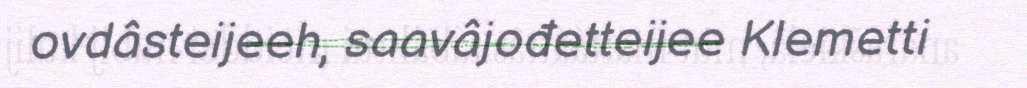
ovdâsteijeeh, saavâjođetteijee Klemetti